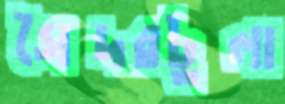
সৈদরটুলা